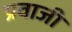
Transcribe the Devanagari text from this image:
प्रवाजी